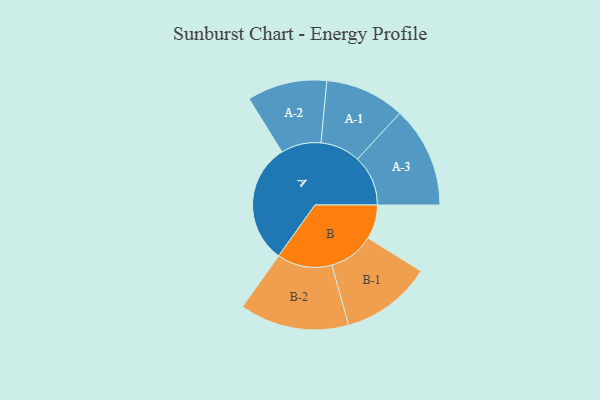
{"axis": {"x": "Segment", "y": "Value"}, "legend": ["", "A", "B"], "data": [{"x": "A", "y": 462, "type": ""}, {"x": "B", "y": 131, "type": ""}, {"x": "A-1", "y": 153, "type": "A"}, {"x": "A-2", "y": 153, "type": "A"}, {"x": "A-3", "y": 194, "type": "A"}, {"x": "B-1", "y": 174, "type": "B"}, {"x": "B-2", "y": 210, "type": "B"}]}